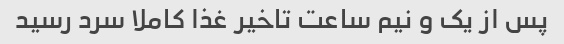
پس از یک و نیم ساعت تاخیر غذا کاملا سرد رسید